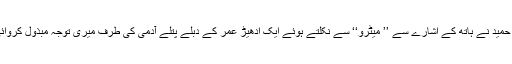
‘‘ حمید نے ہاتھ کے اشارے سے ’’ میٹرو‘‘ سے نکلتے ہوئے ایک ادھیڑ عمر کے دبلے پتلے آدمی کی طرف میری توجہ مبذول کروائی۔